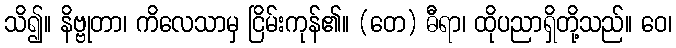
သိ၍။ နိဗ္ဗုတာ၊ ကိလေသာမှ ငြိမ်းကုန်၏။ (တေ) ဓီရာ၊ ထိုပညာရှိတို့သည်။ ဝေ၊